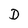
Character: D